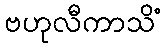
ဗဟုလီကာသိံ